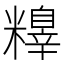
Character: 𥼺